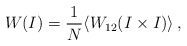
\begin{align*}W(I) = \frac{1}{N} \langle W_{12}(I \times I) \rangle \,,\end{align*}